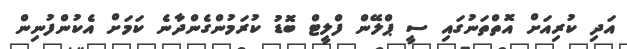
އަދި ކުރިއަށް އޮތްތަނުގައި ސީ ޕްލޭން ފްލީޓް ބޮޑު ކުރަމުންގެންދާނެ ކަމަށް އެކުންފުނިން